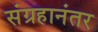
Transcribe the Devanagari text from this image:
संग्रहानंतर